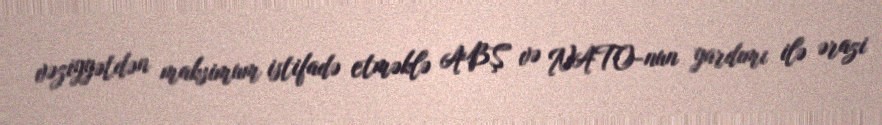
vəziyyətdən maksimum istifadə etməklə ABŞ və NATO-nun yardımı ilə ərazi